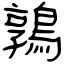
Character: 鶉